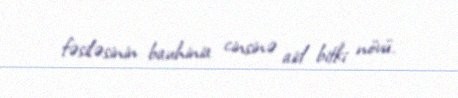
fəsiləsinin bauhinia cinsinə aid bitki növü.